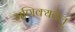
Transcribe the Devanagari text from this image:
मणिक्यवेलु